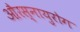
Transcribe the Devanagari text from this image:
औरस्नायुरोग